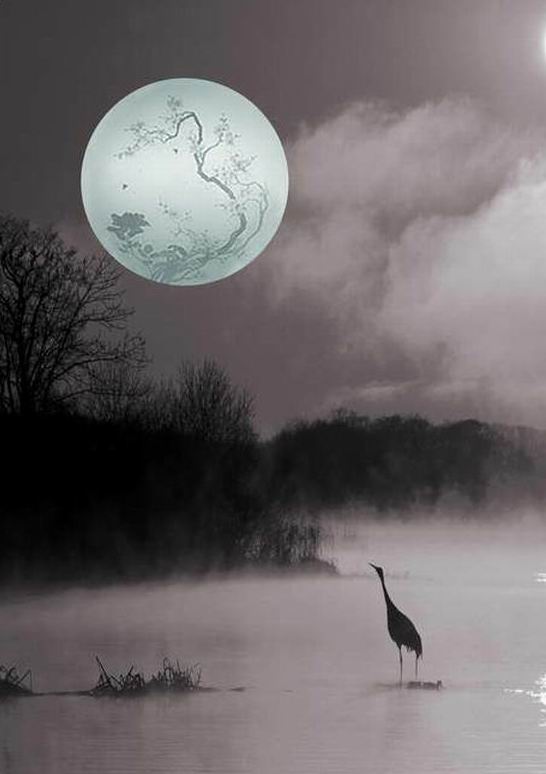
春江潮水连海平，海上明月共潮生。